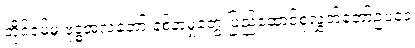
တိုင်ဝမ်မှ ဗုဒ္ဓအလံတော် နစ်နာမှုတွေ ပြည်ထောင်စုလွှတ်တော်ဥပဒေ